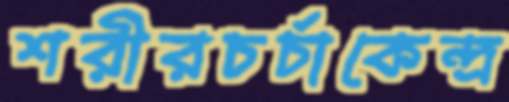
শরীরচর্চাকেন্দ্র